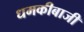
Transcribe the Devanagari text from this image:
धमकीबाजी